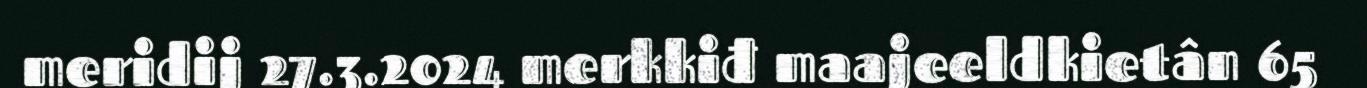
meridij 27.3.2024 merkkiđ maajeeldkietân 65